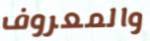
والمعروف